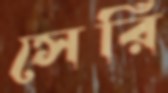
সেরি